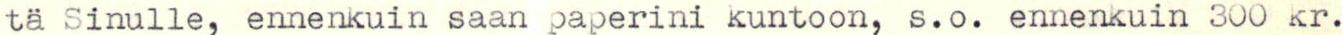
tä Sinulle, ennenkuin saan paperini kuntoon, s.o. ennenkuin 300 kr.